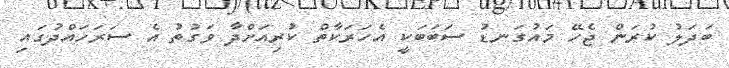
ބަދަލު ކުރަން ޖެހޭ މައުގަނޑު ސަބަބަކީ އެހަރަކާތް ކުރިއަށްދާ ވަގުތު އެ ސަރަހައްދުގައި